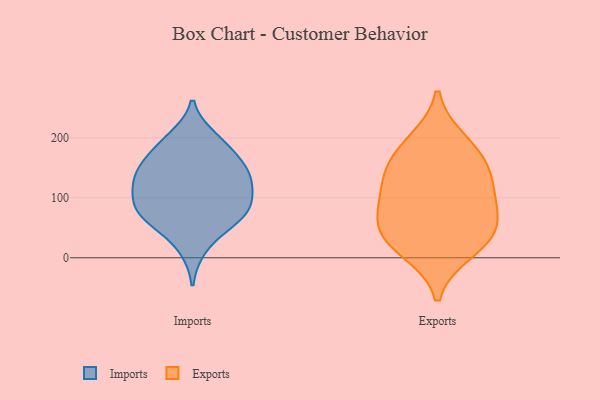
{"axis": {"x": "Energy Usage (MWh)", "y": "Value"}, "legend": ["Exports", "Imports"], "data": [{"x": "", "y": 94, "type": "Imports"}, {"x": "", "y": 109, "type": "Imports"}, {"x": "", "y": 152, "type": "Imports"}, {"x": "", "y": 68, "type": "Imports"}, {"x": "", "y": 147, "type": "Imports"}, {"x": "", "y": 192, "type": "Imports"}, {"x": "", "y": 110, "type": "Imports"}, {"x": "", "y": 59, "type": "Imports"}, {"x": "", "y": 134, "type": "Imports"}, {"x": "", "y": 181, "type": "Imports"}, {"x": "", "y": 133, "type": "Imports"}, {"x": "", "y": 61, "type": "Imports"}, {"x": "", "y": 148, "type": "Imports"}, {"x": "", "y": 82, "type": "Imports"}, {"x": "", "y": 16, "type": "Imports"}, {"x": "", "y": 200, "type": "Imports"}, {"x": "", "y": 80, "type": "Imports"}, {"x": "", "y": 148, "type": "Exports"}, {"x": "", "y": 41, "type": "Exports"}, {"x": "", "y": 126, "type": "Exports"}, {"x": "", "y": 82, "type": "Exports"}, {"x": "", "y": 58, "type": "Exports"}, {"x": "", "y": 171, "type": "Exports"}, {"x": "", "y": 32, "type": "Exports"}, {"x": "", "y": 107, "type": "Exports"}, {"x": "", "y": 194, "type": "Exports"}, {"x": "", "y": 12, "type": "Exports"}]}